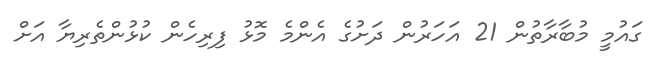
ގައުމީ މުބާރާތުން 21 އަހަރުން ދަށުގެ އެންމެ މޮޅު ފިރިހެން ކުޅުންތެރިޔާ އަށް